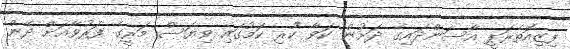
ފިޒިއޮތެރަޕީ އާސަންދައިގެ ދަށުން ކަވާ ކުރި ކަމުގައި ވިޔަސް މަރީގެ ފަރުވާއަށް ދޭން